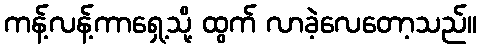
ကန့်လန့်ကာရှေ့သို့ ထွက် လာခဲ့လေတော့သည်။